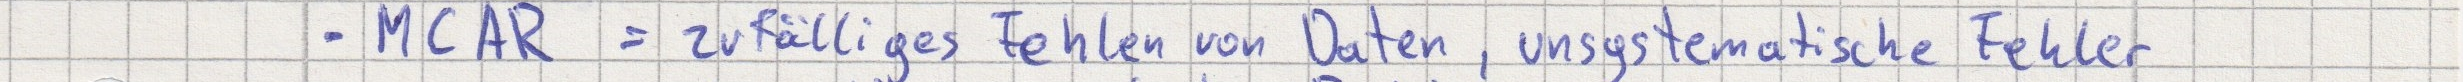
- MCAR = zufälliges Fehlen von Daten, unsystematische Fehler